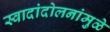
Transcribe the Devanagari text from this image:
स्वादांदोलनांमुळे